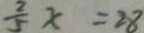
\frac { 2 } { 5 } x = 2 8